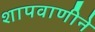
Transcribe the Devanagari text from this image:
शापवाणीने